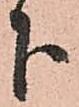
下